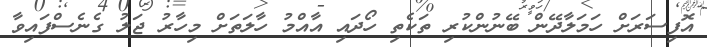
އޮފިސަރަށް ހަމަލާދޭން ބޭނުންކުރި ތަކެތި ހޯދައި އާއްމު ހާލަތަށް މިހާރު ޖަލު ގެނެސްފައިވާ